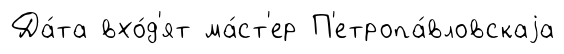
Да́та вхо́д'ят ма́ст'ер П'етропа́вловскаjа